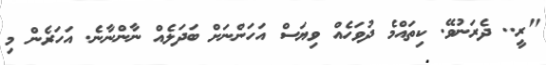
"ރީ.. ދެރަނުވޭ. ކިތައްމެ ދުވަހެއް ވިޔަސް އަހަންނަށް ބަދަލެއް ނާންނާނެ. އަހަރެން މި